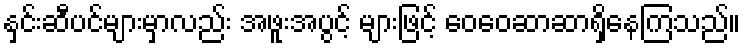
နှင်းဆီပင်များမှာလည်း အဖူးအပွင့် များဖြင့် ဝေဝေဆာဆာရှိနေကြသည်။